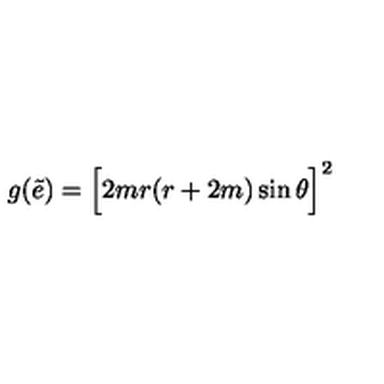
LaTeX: g ( \tilde { e } ) = \Big [ 2 m r ( r + 2 m ) \sin \theta \Big ] ^ { 2 }